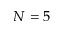
N = 5